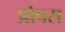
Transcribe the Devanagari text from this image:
प्रोपस